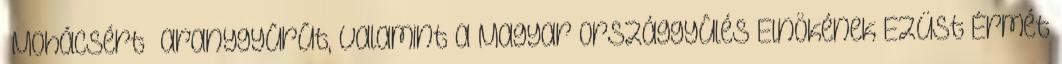
„Mohácsért” aranygyûrût, valamint a Magyar Országgyûlés Elnökének Ezüst Érmét